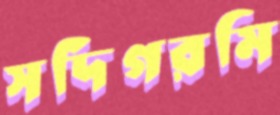
সর্দিগরমি